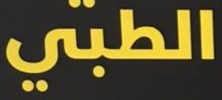
الطبي